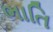
ભાતિ